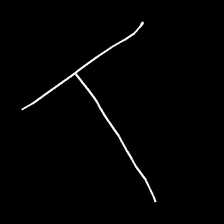
Glyph: column